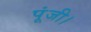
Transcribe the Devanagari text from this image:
पूंजी।